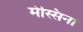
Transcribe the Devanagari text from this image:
मेस्सिना